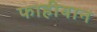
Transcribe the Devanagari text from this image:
फाहीयान